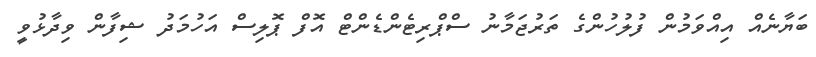
ބަޔާނެއް އިއްވަމުން ފުލުހުންގެ ތަރުޖަމާނު ސްޕްރިޓެންޑެންޓް އޮފް ޕޮލިސް އަހުމަދު ޝިފާން ވިދާޅުވީ